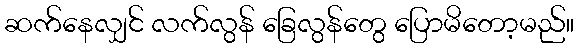
ဆက်နေလျှင် လက်လွန် ခြေလွန်တွေ ပြောမိတော့မည်။